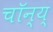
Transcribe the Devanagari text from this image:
चॉन्य्